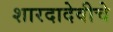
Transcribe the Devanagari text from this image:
शारदादेवीचे